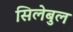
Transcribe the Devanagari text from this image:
सिलेबुल